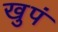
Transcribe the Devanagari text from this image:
खुपं